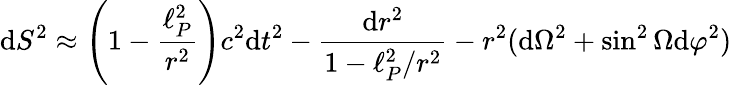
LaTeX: \mathrm{d}S^{2}\approx\left(1-{\frac{{\ell_{P}^{2}}}{{r^{2}}}}\right)c^{2}\mathrm{d}t^{2}-{\frac{{\mathrm{d}r^{2}}}{{1-{\ell_{P}^{2}}/{r^{2}}}}}-r^{2}(\mathrm{d}\Omega^{2}+\sin^{2}\Omega\mathrm{d}\varphi^{2})